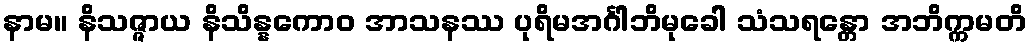
နာမ။ နိသဇ္ဇာယ နိသိန္နကောဝ အာသနဿ ပုရိမအင်္ဂါဘိမုခေါ သံသရန္တော အဘိက္ကမတိ